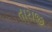
તારાજી